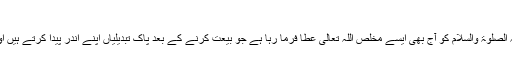
ایڈیشن 2003ء مطبوعہ ربوہ)
اللہ تعالیٰ کے فضل سے حضرت مسیح موعود علیہ الصلوۃ والسلام کو آج بھی ایسے مخلص اللہ تعالیٰ عطا فرما رہا ہے جو بیعت کرنے کے بعد پاک تبدیلیاں اپنے اندر پیدا کرتے ہیں اور غیر بھی اُن کی اس پاک تبدیلی کے معترف ہیں۔